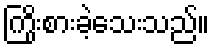
ကြိုးစားခဲ့သေးသည်။